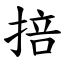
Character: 掊